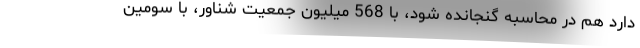
دارد هم در محاسبه گنجانده شود، با 568 میلیون جمعیت شناور، با سومین